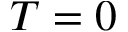
T = 0